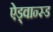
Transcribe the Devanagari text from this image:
ऐड्वान्स्ड